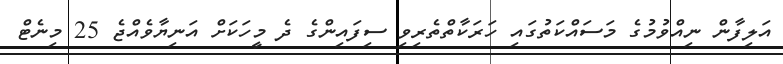
އަލިފާން ނިއްވުމުގެ މަސައްކަތުގައި ހަރަކާތްތެރިވި ސިފައިންގެ ދެ މީހަކަށް އަނިޔާވެއްޖެ 25 މިނެޓް